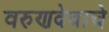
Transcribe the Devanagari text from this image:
वरुणदेवाचे